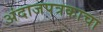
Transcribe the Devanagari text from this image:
अंदाजपत्रकाचा